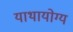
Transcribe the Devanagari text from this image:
याथायोग्य